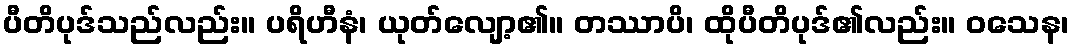
ပီတိပုဒ်သည်လည်း။ ပရိဟီနံ၊ ယုတ်လျော့၏။ တဿာပိ၊ ထိုပီတိပုဒ်၏လည်း။ ဝသေန၊